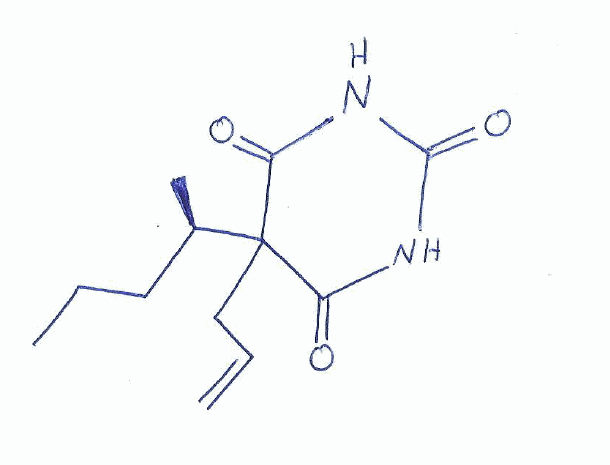
Simplified molecular-input line-entry system (SMILES) notation of the given molecule:
CCC[C@@H](C)C1(C(=O)NC(=O)NC1=O)CC=C